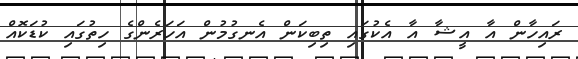
ރައިހާން އާ އީޝާ އާ އެކުގައި ތިބިކަން އެނގުމުން އަހަރެންގެ ހިތުގައި ކުޑަކޮއް